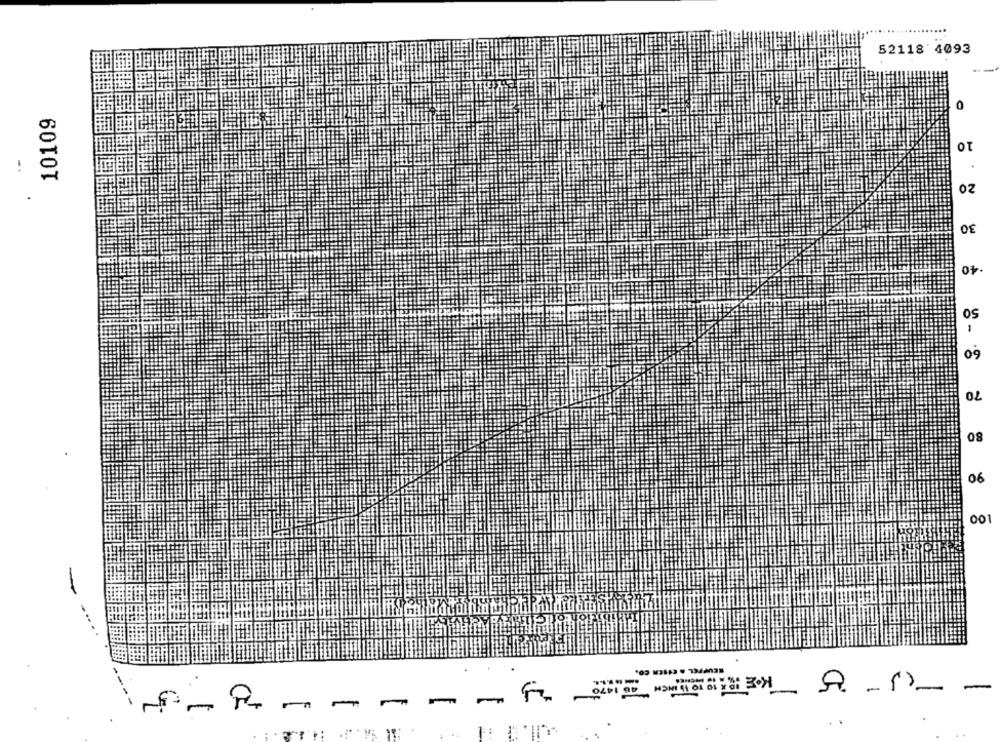
52118 4093
0
10109
10
20
30
40
50
60
70
80
90
100
-
SEUPPEL
----
u